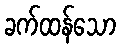
ခက်ထန်သော